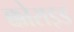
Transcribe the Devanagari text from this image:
क्कोराइड